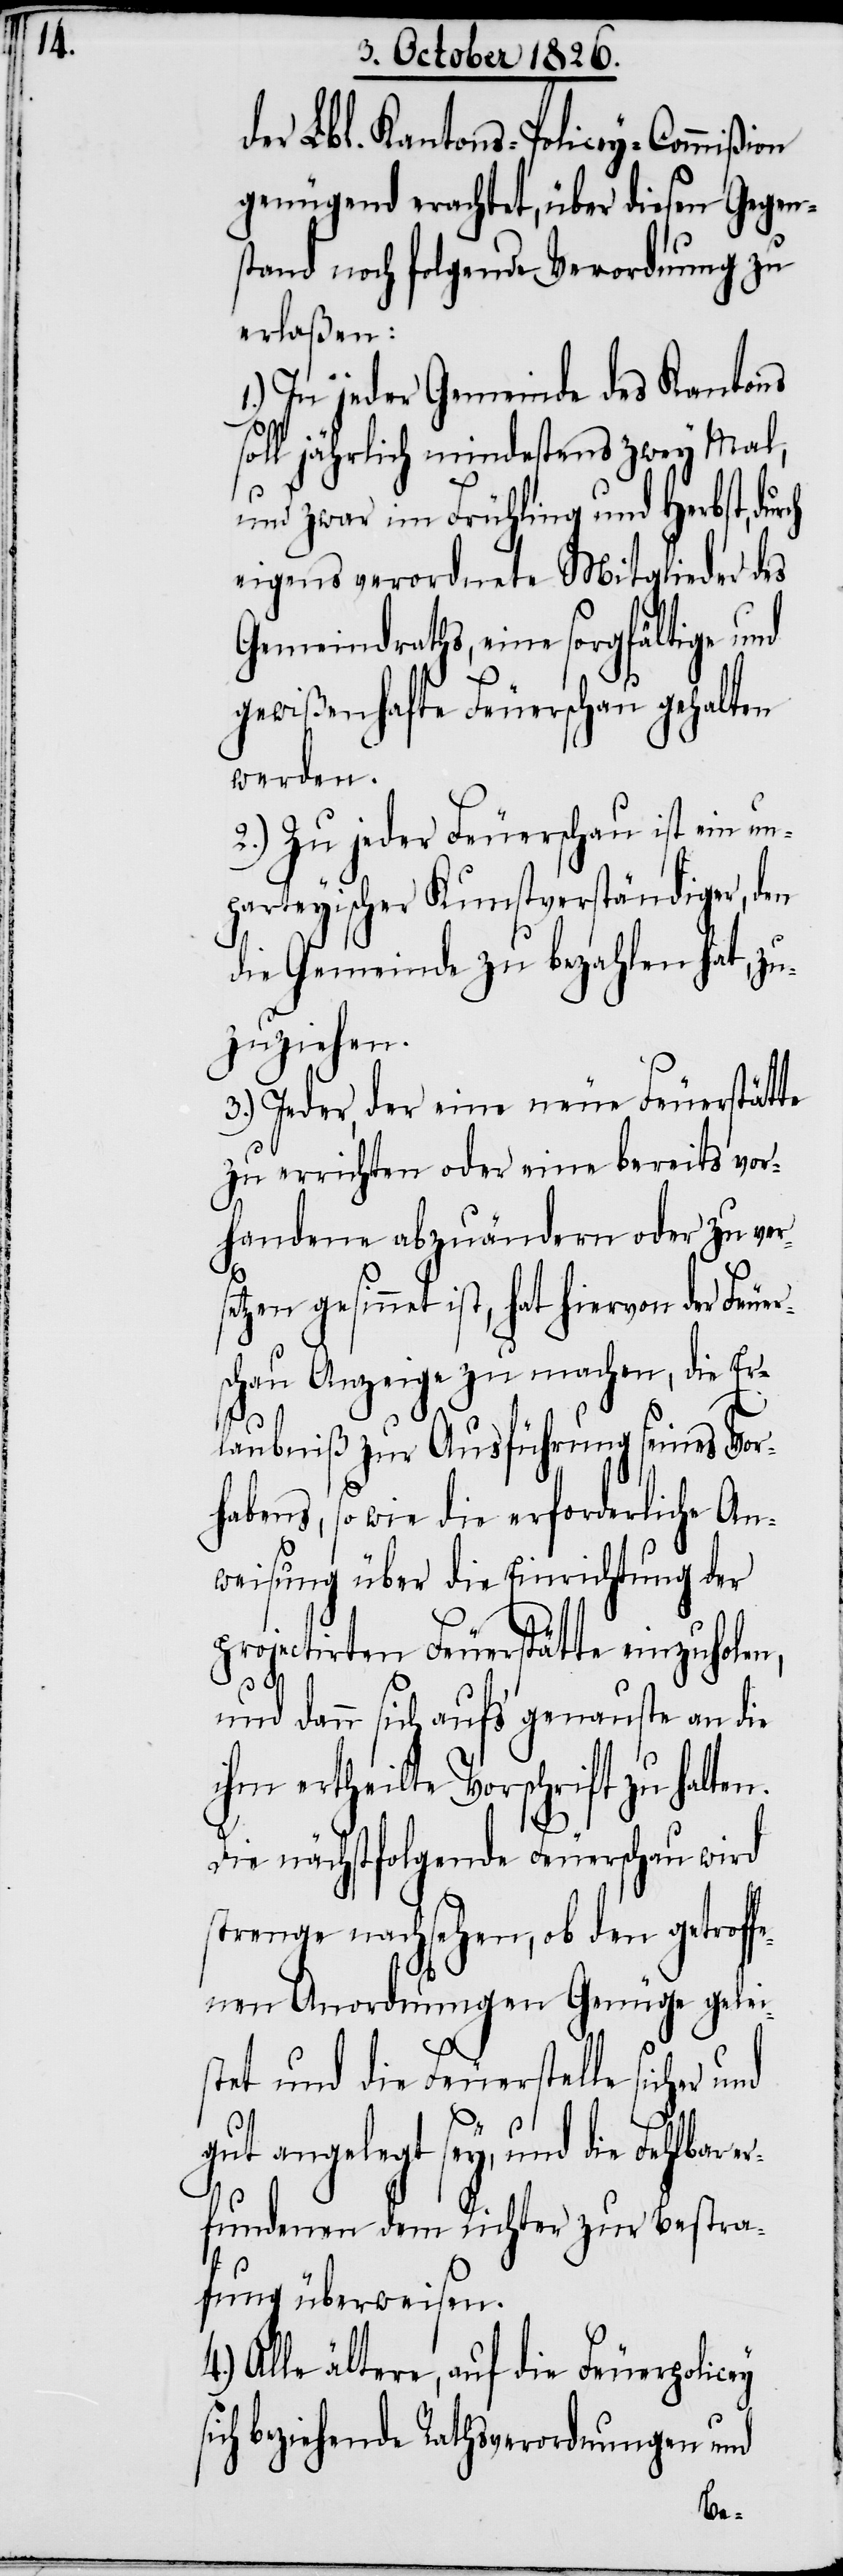
der Lbl. Kantons-Policey-Commißion
genügend erachtet, über diesen Gegen¬
stand noch folgende Verordnung zu
erlaßen:
In jeder Gemeinde des Kantons
soll jährlich mindestens zwey Mal,
und zwar im Frühling und Herbst, dur¬
eigens verordnete Mitglieder des
Gemeindraths, eine sorgfältige und
gewißenhafte Feuerschau gehalten
werden.
2.) Zu jeder Feuerschau ist ein un¬
parteyischer Kunstverständiger, den
die Gemeinde zu bezahlen hat, zu¬
zuziehen.
3.) Jeder, der eine neue Feuerstätte
zu errichten oder eine bereits vor¬
handene abzuändern oder zu vers¬
etzen gesinnet ist, hat hiervon der Feue¬
schau Anzeige zu machen, die Er¬
laubniß zur Ausführung seines Vor¬
habens, so wie die erforderliche An¬
weisung über die Einrichtung der
projectirten Feuerstätte einzuholen,
1.)
und dann sich auf’s genauste an die
ihm ertheilte Vorschrift zu halten.
s¬
Die nächstfolgende Feuerschau wird
strenge nachsehen, ob den getrof¬
fenen Anordnungen Genüge gelei¬
stet und die Feuerstelle sicher
gut angelegt sey, und die Fehlbar e¬
rfundenen dem Richter zur Bestra¬
fung überwiesen.
Alle ältere, auf die Feuerpolicey
ich beziehende Rathsverordnungen und